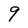
Character: 9